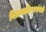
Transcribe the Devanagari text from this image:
विक्रमादित्यासंबंधी